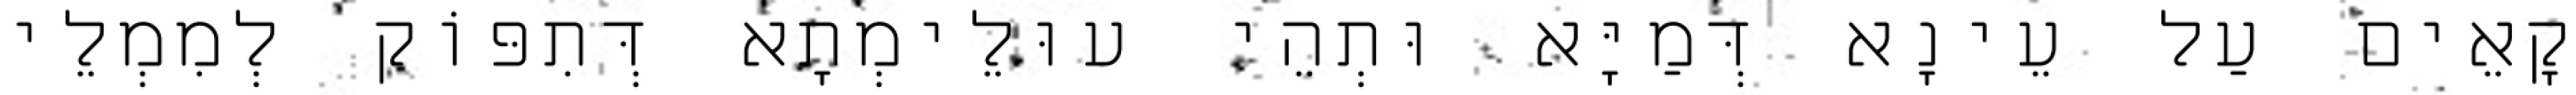
קָאֵים עַל עֵינָא דְּמַיָּא וּתְהֵי עוּלֵימְתָא דְּתִפּוֹק לְמִמְלֵי